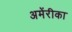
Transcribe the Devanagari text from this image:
अमेंरीका